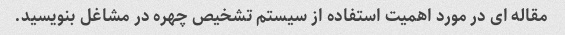
مقاله ای در مورد اهمیت استفاده از سیستم تشخیص چهره در مشاغل بنویسید.